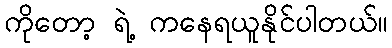
ကိုတော့ ရဲ့ ကနေရယူနိုင်ပါတယ်။